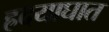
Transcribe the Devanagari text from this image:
ह्रदयाघात